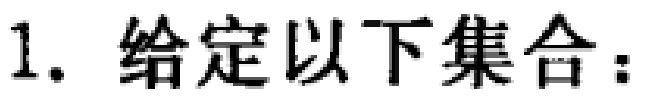
1. 给定以下集合：